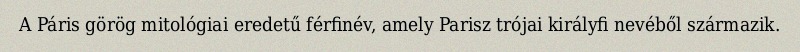
A Páris görög mitológiai eredetű férfinév, amely Parisz trójai királyfi nevéből származik.